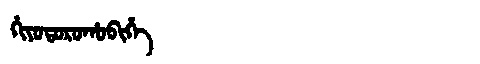
Manchu: ᡥᡳᠶᠣᡨᠣᡵᠣᡥᠣᠪᡳᡥᡝ
Romanization: HIYOTOROHOBIHE